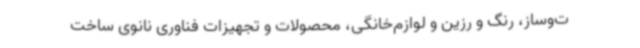
ت‌وساز، رنگ و رزین و لوازم‌خانگی، محصولات و تجهیزات فناوری نانوی ساخت